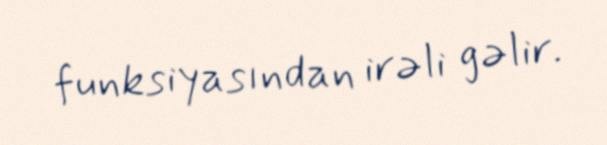
funksiyasından irəli gəlir.